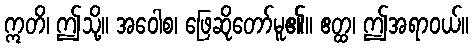
ဣတိ၊ ဤသို့။ အဝေါစ၊ ဖြေဆိုတော်မူ၏။ ဧတ္ထ၊ ဤအရာဝယ်။